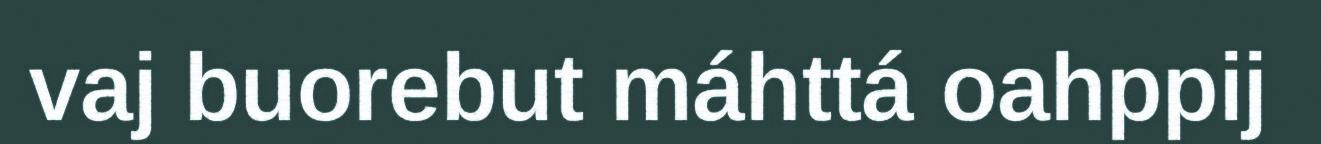
vaj buorebut máhttá oahppij